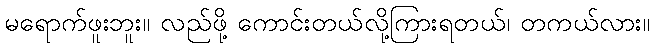
မရောက်ဖူးဘူး။ လည်ဖို့ ကောင်းတယ်လို့ကြားရတယ်၊ တကယ်လား။